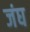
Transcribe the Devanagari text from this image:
जंघ